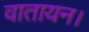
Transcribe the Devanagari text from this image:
वातायन।